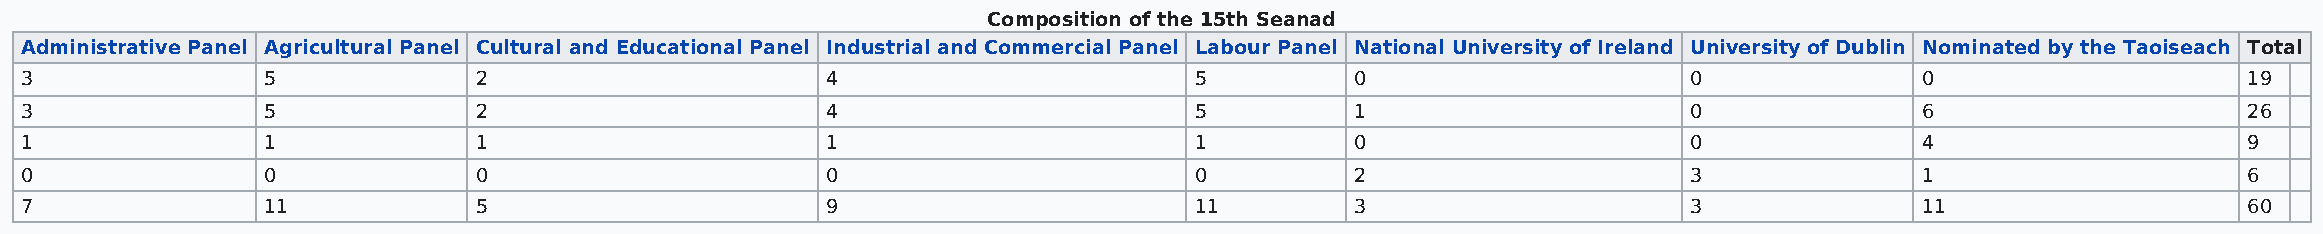
Composition of the 15th Seanad
 Administrative Panel Agricultural Panel Cultural and Educational Panel Industrial and Commercial Panel Labour Panel National University of Ireland University of Dublin Nominated by the Taoiseach Total
 3               5             2                       4                       5          0                     0              0                     19
 3               5             2                       4                       5          1                     0              6                     26
 1               1             1                       1                       1          0                     0              4                     9
 0               0             0                       0                       0          2                     3              1                     6
 7               11            5                       9                       11         3                     3              11                    60